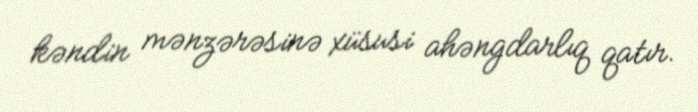
kəndin mənzərəsinə xüsusi ahəngdarlıq qatır.